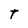
Character: T